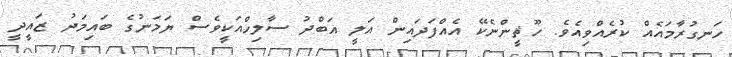
ހަނގުރާމައެއް ކުރެއްވިއެވެ. ހޫޘީންނެކޭ އެއްފަދައިން އަލީ އަބްދު ސާލިހްއަކީވެސް ޔަމަނުގެ ބައިމަދު ޒައީދީ